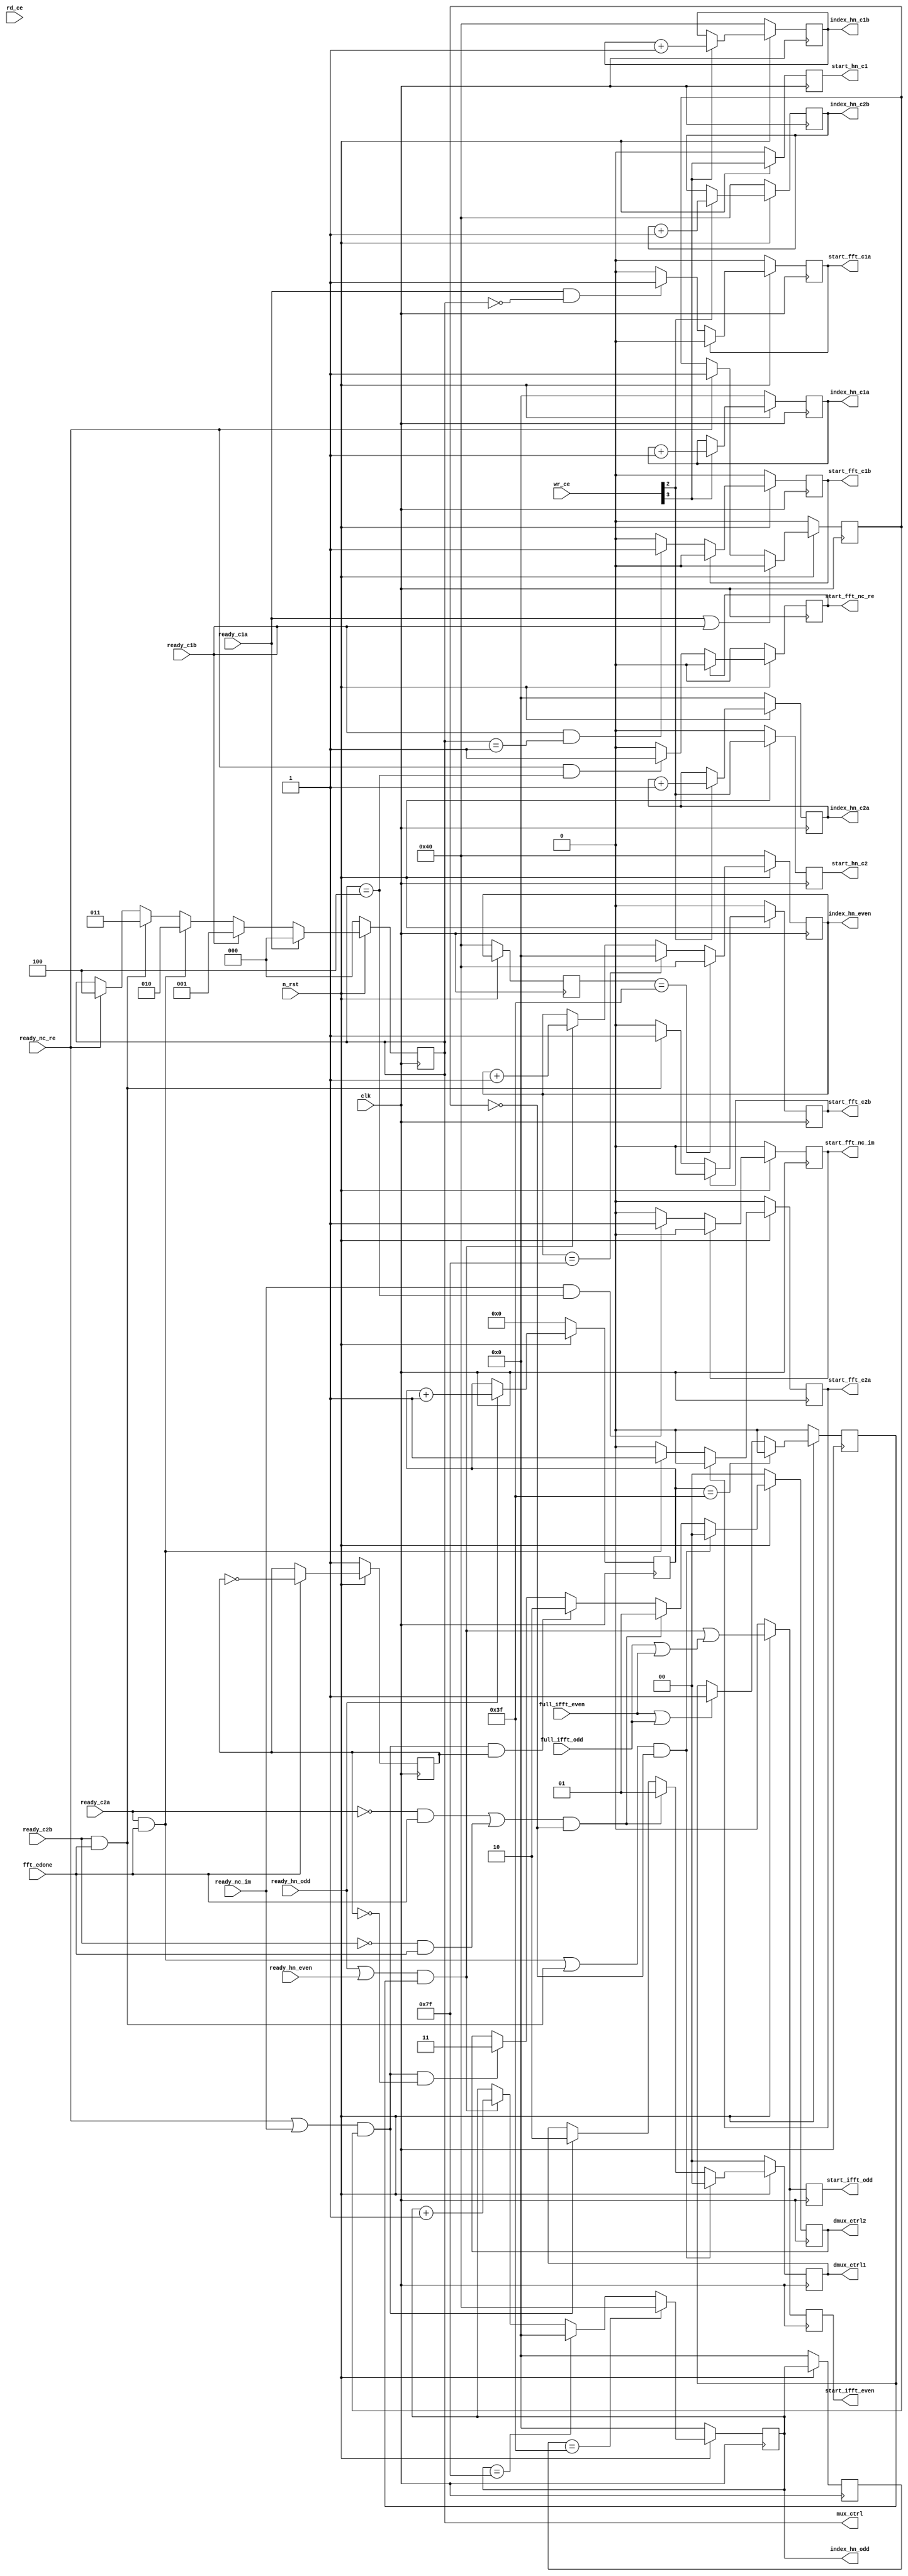
module controller
(
	//---input signal
	input 	clk, n_rst,
	input 	[3:0] wr_ce,
	input	[4:0] rd_ce,
	input 	ready_c1a,
	input 	ready_c1b,
	input 	ready_c2a,
	input 	ready_c2b,
	input 	ready_nc_re,
	input 	ready_nc_im,

	input	fft_edone,

	input	full_ifft_odd,
	input	full_ifft_even,
	input	ready_hn_odd,
	input	ready_hn_even,

	output 	reg start_ifft_odd,
	output	reg start_ifft_even,
	output 	[6:0] index_hn_odd,
	output 	[6:0] index_hn_even,

	//---output signal
	output	reg start_hn_c1,
	output	reg	start_hn_c2,

	output	[6:0] index_hn_c1a,
	output	[6:0] index_hn_c1b,
	output	[6:0] index_hn_c2a,
	output	[6:0] index_hn_c2b,

	output	reg start_fft_c1a,
	output	reg start_fft_c1b,
	output	reg start_fft_c2a,
	output	reg start_fft_c2b,
	output	reg start_fft_nc_re,
	output	reg start_fft_nc_im,

	output	reg [2:0] mux_ctrl,
	output 	reg [1:0] dmux_ctrl2,
	output	reg [1:0] dmux_ctrl1
);
//--- signal declaration: reg
	reg fft_mode;
	reg [6:0] count_hn_c1a;	// using for hanning module
	reg [6:0] count_hn_c1b;	// using for hanning module,delay 64
	reg [6:0] count_hn_c2a;	// using for hanning module
	reg [6:0] count_hn_c2b;	// using for hanning module,delay 64

	reg [6:0] count_hn_odd;
	reg	[6:0] count_hn_odd_delay;
	reg [6:0] count_hn_even;
	reg [6:0] count_hn_even_delay;

	reg overlap_mode; 

	reg [5:0] count_64;

	reg odd;
//--- signal declaration: wire
	wire start_odd, start_even;


	assign index_hn_c1a = count_hn_c1a;
	assign index_hn_c1b = count_hn_c1b;
	assign index_hn_c2a = count_hn_c2a;
	assign index_hn_c2b = count_hn_c2b;

	assign index_hn_odd = count_hn_odd;
	assign index_hn_even = count_hn_even;
	
	assign start_odd = ((ready_hn_odd|ready_hn_even) & overlap_mode);
	assign start_even = ((ready_hn_odd|ready_hn_even) & overlap_mode); // dieu khien theo odd

	// assign start_ifft_odd = ((ready_hn_odd|ready_hn_even) & overlap_mode );
	// assign start_ifft_even = ((ready_hn_odd|ready_hn_even) & overlap_mode); // dieu khien theo odd

	always @(posedge clk) begin 
		if(!n_rst) begin
			start_ifft_odd <= 0;
			start_ifft_even <= 0;
		end 
		else begin
			start_ifft_odd <= ((ready_hn_odd|ready_hn_even) & overlap_mode) | (full_ifft_odd | full_ifft_even);
			start_ifft_even <= ((ready_hn_odd|ready_hn_even) & overlap_mode) | (full_ifft_odd | full_ifft_even);
		end
	end


	always @(posedge clk) begin
		if(!n_rst) begin
			count_64 <= 6'b0;
		end 
		else begin
			if(ready_hn_odd == 1'b1) count_64 <= count_64 + 6'b1;
			else count_64 <= count_64;
		end
	end

	always @(posedge clk) begin 
		if(!n_rst) begin 
			overlap_mode <= 1'b0;
		end
		else begin 
			if(full_ifft_even || full_ifft_odd) begin 
				overlap_mode <= 1'b1;
			end
			else begin
				overlap_mode <= overlap_mode;
			end

			if(count_64 == 6'd63) begin
				overlap_mode <= 1'b0;
			end
		end
	end

//---------------------------------------------------------
// process: Hanning Window c1
//---------------------------------------------------------
	
	always @(posedge clk) begin 
		if(!n_rst) begin
			count_hn_c1a <= 7'b0;
			count_hn_c1b <= 7'd64;
			start_hn_c1 <= 1'b0;
		end 
		else begin
			start_hn_c1 <= wr_ce[3];
			if(wr_ce[3] == 1'b1) begin 
				count_hn_c1a <= count_hn_c1a + 7'b1;
				count_hn_c1b <= count_hn_c1b + 7'b1;
			end
		end
	end

//---------------------------------------------------------
// process: Hanning Window c2
//---------------------------------------------------------
	
	always @(posedge clk) begin 
		if(!n_rst) begin
			count_hn_c2a <= 7'b0;
			count_hn_c2b <= 7'd64;
			start_hn_c2 <= 1'b0;
		end 
		else begin
			start_hn_c2 <= wr_ce[2];
			if(wr_ce[2] == 1'b1) begin 
				count_hn_c2a <= count_hn_c2a + 7'b1;
				count_hn_c2b <= count_hn_c2b + 7'b1;
			end
		end
	end

//---------------------------------------------------------
// process: Hanning Window recover: odd
//---------------------------------------------------------
	
	always @(posedge clk) begin 
		if(!n_rst) begin
			count_hn_odd <= 7'b0;
			count_hn_odd_delay <= 7'b0;
		end 
		else begin
			count_hn_odd_delay <= count_hn_odd;
			if(start_odd == 1'b1) begin 
				count_hn_odd <= count_hn_odd + 7'b1;
			end
			if(count_hn_odd == 7'd127) count_hn_odd <= 0;
			if(count_hn_odd_delay == 7'd63) count_hn_odd <= 7'd64;
		end
	end

//---------------------------------------------------------
// process: Hanning Window recover: even
//---------------------------------------------------------
	
	always @(posedge clk) begin 
		if(!n_rst) begin
			count_hn_even <= 7'd64;
			count_hn_even_delay <= 7'd64;
		end 
		else begin
			count_hn_even_delay <= count_hn_even;
			if(start_even == 1'b1) begin 
				count_hn_even <= count_hn_even + 7'b1;
			end
			if(count_hn_even == 7'd127) count_hn_even <= 0;
			if(count_hn_even_delay == 7'd63) count_hn_even <= 7'd64;
		end
	end

//---------------------------------------------------------
// process fifo c1a
//---------------------------------------------------------
	always @(posedge clk) begin
		if (!n_rst) begin
			start_fft_c1a <= 1'b0;			
		end
		else begin
			if ((ready_c1a == 1'b1) && (mux_ctrl == 3'b000)) begin
				start_fft_c1a <= 1'b1;
			end
			if(start_fft_c1a == 1'b1) begin
				start_fft_c1a <= 1'b0;
			end
		end
	end
//---------------------------------------------------------
// process fifo c1b
//---------------------------------------------------------
	always @(posedge clk) begin
		if (!n_rst) begin
			start_fft_c1b <= 1'b0;			
		end
		else begin
			if ((ready_c1b == 1'b1) && (mux_ctrl == 3'b001)) begin
				start_fft_c1b <= 1'b1;
			end
			if(start_fft_c1b == 1'b1) begin
				start_fft_c1b <= 1'b0;
			end
		end
	end
//---------------------------------------------------------
// process fifo c2a
//---------------------------------------------------------
	always @(posedge clk) begin
		if (!n_rst) begin
			start_fft_c2a <= 1'b0;			
		end
		else begin
			if ((ready_c2a == 1'b1) && (fft_edone == 1'b1)) begin
				start_fft_c2a <= 1'b1;
			end
			if(start_fft_c2a == 1'b1) begin
				start_fft_c2a <= 1'b0;
			end
		end
	end
//---------------------------------------------------------
// process fifo c2b
//---------------------------------------------------------
	always @(posedge clk) begin
		if (!n_rst) begin
			start_fft_c2b <= 1'b0;			
		end
		else begin
			if ((ready_c2b == 1'b1) && (fft_edone == 1'b1))begin
				start_fft_c2b <= 1'b1;
			end
			if(start_fft_c2b == 1'b1) begin
				start_fft_c2b <= 1'b0;
			end
		end
	end
//---------------------------------------------------------
// process fifo nc_re
//---------------------------------------------------------
	always @(posedge clk) begin
		if (!n_rst) begin
			start_fft_nc_re <= 1'b0;			
		end
		else begin
			if ((ready_nc_re == 1'b1) && (mux_ctrl == 3'b100)) begin
				start_fft_nc_re <= 1'b1;
			end
			if(start_fft_nc_re == 1'b1) begin
				start_fft_nc_re <= 1'b0;
			end
		end
	end
//---------------------------------------------------------
// process fifo nc_im
//---------------------------------------------------------
	always @(posedge clk) begin
		if (!n_rst) begin
			start_fft_nc_im <= 1'b0;			
		end
		else begin
			if ((ready_nc_im == 1'b1) && (mux_ctrl == 3'b100)) begin
				start_fft_nc_im <= 1'b1;
			end
			if(start_fft_nc_im == 1'b1) begin
				start_fft_nc_im <= 1'b0;
			end
		end
	end
//--- mux_ctrl

	always @(posedge clk) begin
		if(!n_rst) begin
			 mux_ctrl<= 3'b0;
		end 
		else begin
			if(ready_c1a == 1'b1) mux_ctrl <= 3'b000;
			else if(ready_c1b == 1'b1) mux_ctrl <= 3'b001;
			else if((ready_c2a == 1'b1) && (fft_edone == 1'b1)) mux_ctrl <= 3'b010;
			else if((ready_c2b == 1'b1) && (fft_edone == 1'b1)) mux_ctrl <= 3'b011;
			else if(ready_nc_re == 1'b1) mux_ctrl <= 3'b100;
			else mux_ctrl <= mux_ctrl;
		end
	end

//--- dmux_ctrl1
	always @(posedge clk) begin
		if(!n_rst) begin
			 dmux_ctrl1 <= 1'b0;
		end 
		else begin
			if(((ready_c2a == 1'b1) && (fft_edone == 1'b1) || (ready_c2b == 1'b1) && (fft_edone == 1'b1)) && (fft_mode==1'b0)) begin
				dmux_ctrl1 <= 2'b0;
			end
			else if(((ready_c2a == 1'b0) && (fft_edone == 1'b1) || (ready_c2b == 1'b0) && (fft_edone == 1'b1)) && (fft_mode==1'b0)) begin
				dmux_ctrl1 <= 2'b1;
			end
			else if((ready_nc_re == 1'b1 || ready_nc_im == 1'b1) && (fft_mode == 1'b1)) begin
				dmux_ctrl1 <= 2'b10;
			end
			else begin
				dmux_ctrl1 <= dmux_ctrl1;
			end
		end
	end
	
//--- dmux_ctrl2
	always @ (posedge clk) begin
		if(!n_rst) begin
			odd <= 1'b1;
		end
		else if (fft_edone == 1'b1) begin
			odd <= (!odd);
		end
	end
	
	always @(posedge clk) begin
		if(!n_rst) begin
			fft_mode <= 0;
		end 
		else if((ready_c1a == 1'b1) || (ready_c1b == 1'b1)) begin
			fft_mode <= 1'b0;
		end
		else if(ready_nc_re == 1'b1) begin 
			fft_mode <= 1'b1;
		end
		else begin 
			fft_mode <= fft_mode;
		end
	end

	always @(posedge clk) begin
		if(!n_rst) begin
			dmux_ctrl2 <= 2'b00;
		end 
		else begin
			if(((ready_c2a == 1'b1) && (fft_edone == 1'b1) || (ready_c2b == 1'b1) && (fft_edone == 1'b1)) && (fft_mode==1'b0)) begin
				dmux_ctrl2 <= 2'b00;
			end
			else if(((ready_c2a == 1'b0) && (fft_edone == 1'b1) || (ready_c2b == 1'b0) && (fft_edone == 1'b1)) && (fft_mode==1'b0)) begin
				dmux_ctrl2 <= 2'b01;
			end
			else if((ready_nc_re == 1'b1 || ready_nc_im == 1'b1) && (fft_mode == 1'b1) && (odd == 1'b1)) begin
				dmux_ctrl2 <= 2'b10;
			end
			else if((ready_nc_re == 1'b1 || ready_nc_im == 1'b1) && (fft_mode == 1'b1) && (odd == 1'b0)) begin
				dmux_ctrl2 <= 2'b11;
			end
			else begin 
				dmux_ctrl2 <= dmux_ctrl2;
			end
		end
	end


endmodule